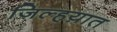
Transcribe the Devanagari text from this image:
जिल्हय़ात